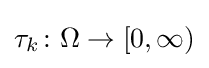
\tau _{k}\colon \Omega \to [0,\infty )